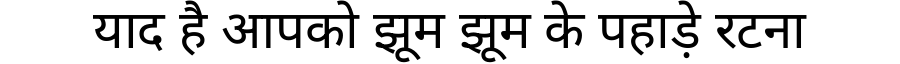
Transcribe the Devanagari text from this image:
याद है आपको झूम झूम के पहाड़े रटना